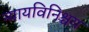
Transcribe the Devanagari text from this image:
न्यायविनिश्चय